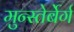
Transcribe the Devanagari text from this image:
मुन्स्तेर्बेर्ग